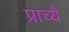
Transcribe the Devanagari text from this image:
प्राच्यै